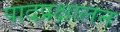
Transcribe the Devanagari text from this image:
पादप्रक्षालन